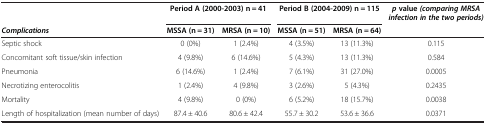
<table><thead><tr><td><b> </b></td><td colspan="2"><b>Period A (2000-2003) n = 41</b></td><td colspan="2"><b>Period B (2004-2009) n = 115</b></td><td><b><i>p </i>value <i>(comparing MRSA infection in the two periods)</i></b></td></tr><tr><td><b><i>Complications</i></b></td><td><b>MSSA (n = 31)</b></td><td><b>MRSA (n = 10)</b></td><td><b>MSSA (n = 51)</b></td><td><b>MRSA (n = 64)</b></td><td><b> </b></td></tr></thead><tbody><tr><td>Septic shock</td><td>0 (0%)</td><td>1 (2.4%)</td><td>4 (3.5%)</td><td>13 (11.3%)</td><td>0.115</td></tr><tr><td>Concomitant soft tissue/skin infection</td><td>4 (9.8%)</td><td>6 (14.6%)</td><td>5 (4.3%)</td><td>13 (11.3%)</td><td>0.584</td></tr><tr><td>Pneumonia</td><td>6 (14.6%)</td><td>1 (2.4%)</td><td>7 (6.1%)</td><td>31 (27.0%)</td><td>0.0005</td></tr><tr><td>Necrotizing enterocolitis</td><td>1 (2.4%)</td><td>4 (9.8%)</td><td>3 (2.6%)</td><td>5 (4.3%)</td><td>0.2435</td></tr><tr><td>Mortality</td><td>4 (9.8%)</td><td>0 (0%)</td><td>6 (5.2%)</td><td>18 (15.7%)</td><td>0.0038</td></tr><tr><td>Length of hospitalization (mean number of days)</td><td>87.4 ± 40.6</td><td>80.6 ± 42.4</td><td>55.7 ± 30.2</td><td>53.6 ± 36.6</td><td>0.0371</td></tr></tbody></table>